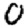
Digit: 0